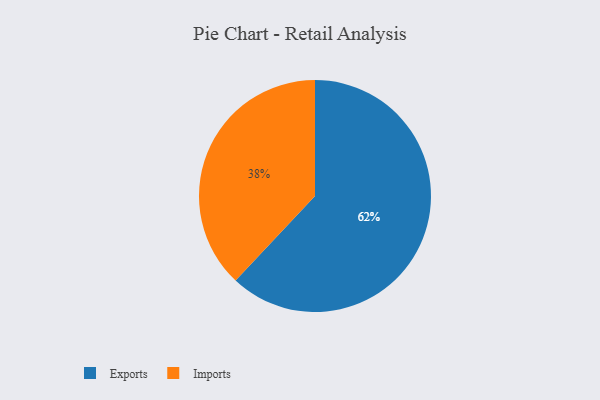
{"axis": {"x": "Category", "y": "Percentage"}, "legend": ["Exports", "Imports"], "data": [{"x": "Exports", "y": 62, "type": "Exports"}, {"x": "Imports", "y": 38, "type": "Imports"}]}